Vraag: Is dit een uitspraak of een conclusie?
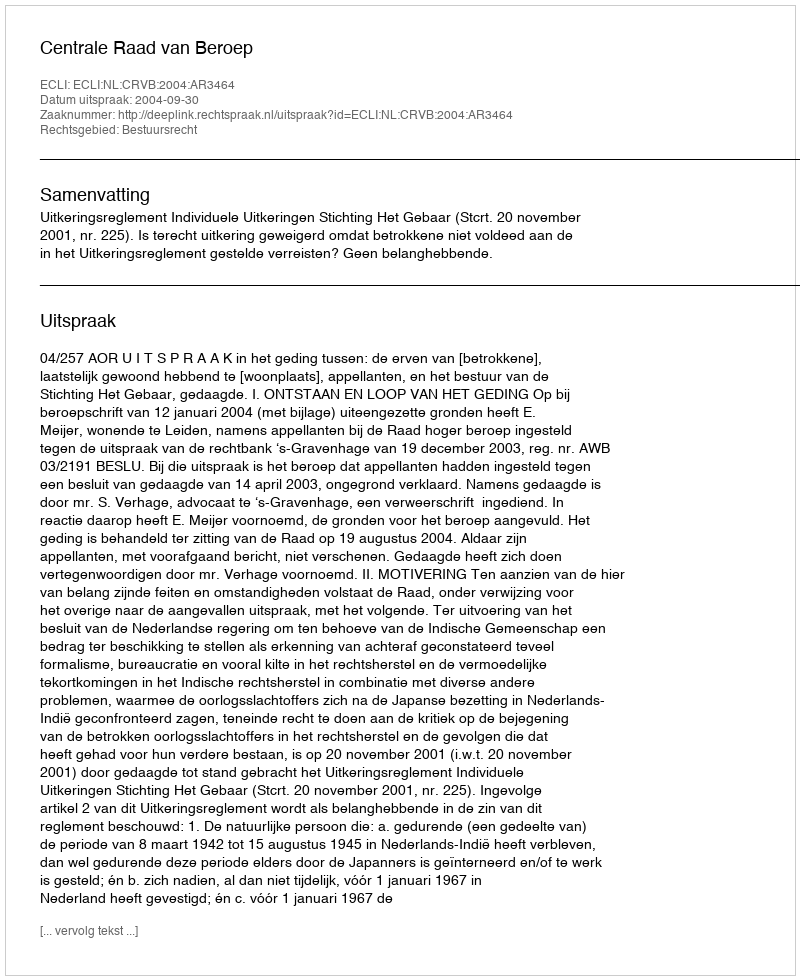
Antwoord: Uitspraak